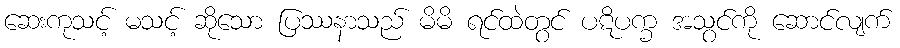
ဆေးကုသင့် မသင့် ဆိုသော ပြဿနာသည် မိမိ ရင်ထဲတွင် ပဋိပက္ခ အသွင်ကို ဆောင်လျက်